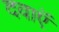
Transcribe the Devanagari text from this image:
दवाऍं